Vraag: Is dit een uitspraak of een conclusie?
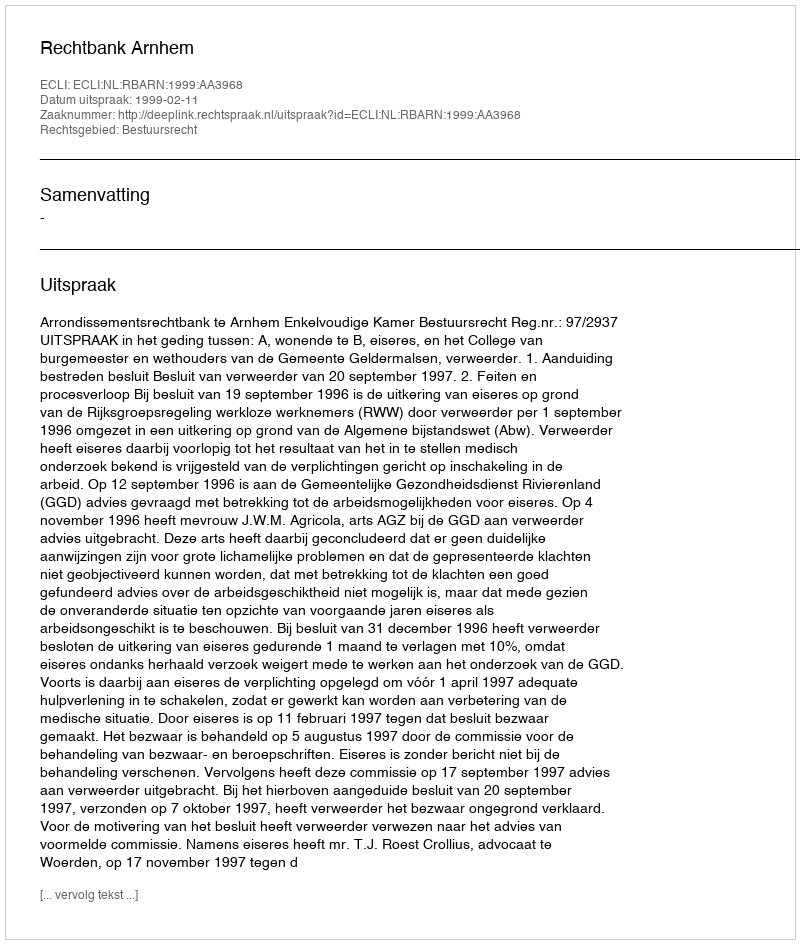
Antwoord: Uitspraak